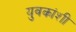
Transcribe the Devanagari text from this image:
युवकांशी